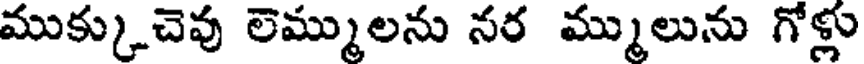
ముక్కుచెవు లెమ్ములను నర మ్ములును గోళ్లు